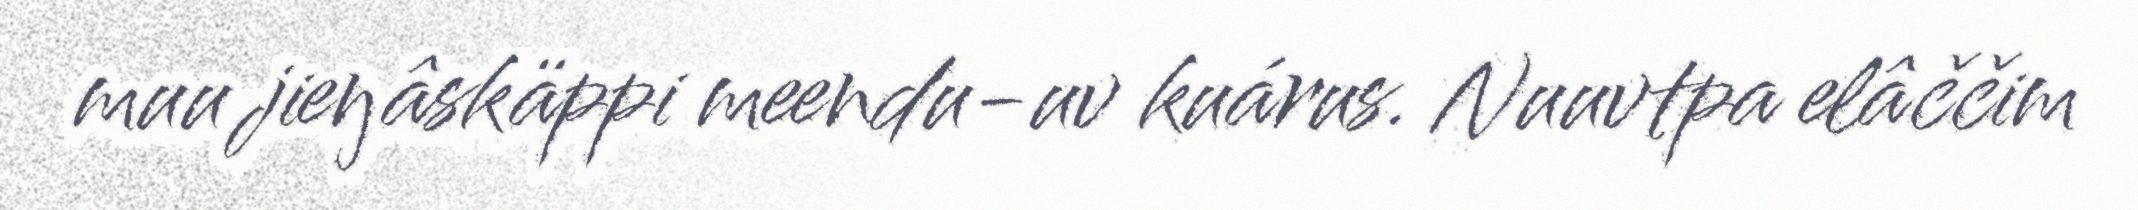
muu jieŋâskäppi meendu-uv kuárus. Nuuvtpa elâččim